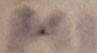
Text: M1